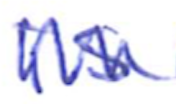
Text: is
Cross-out: zig-zag
Writing tool: ballpoint